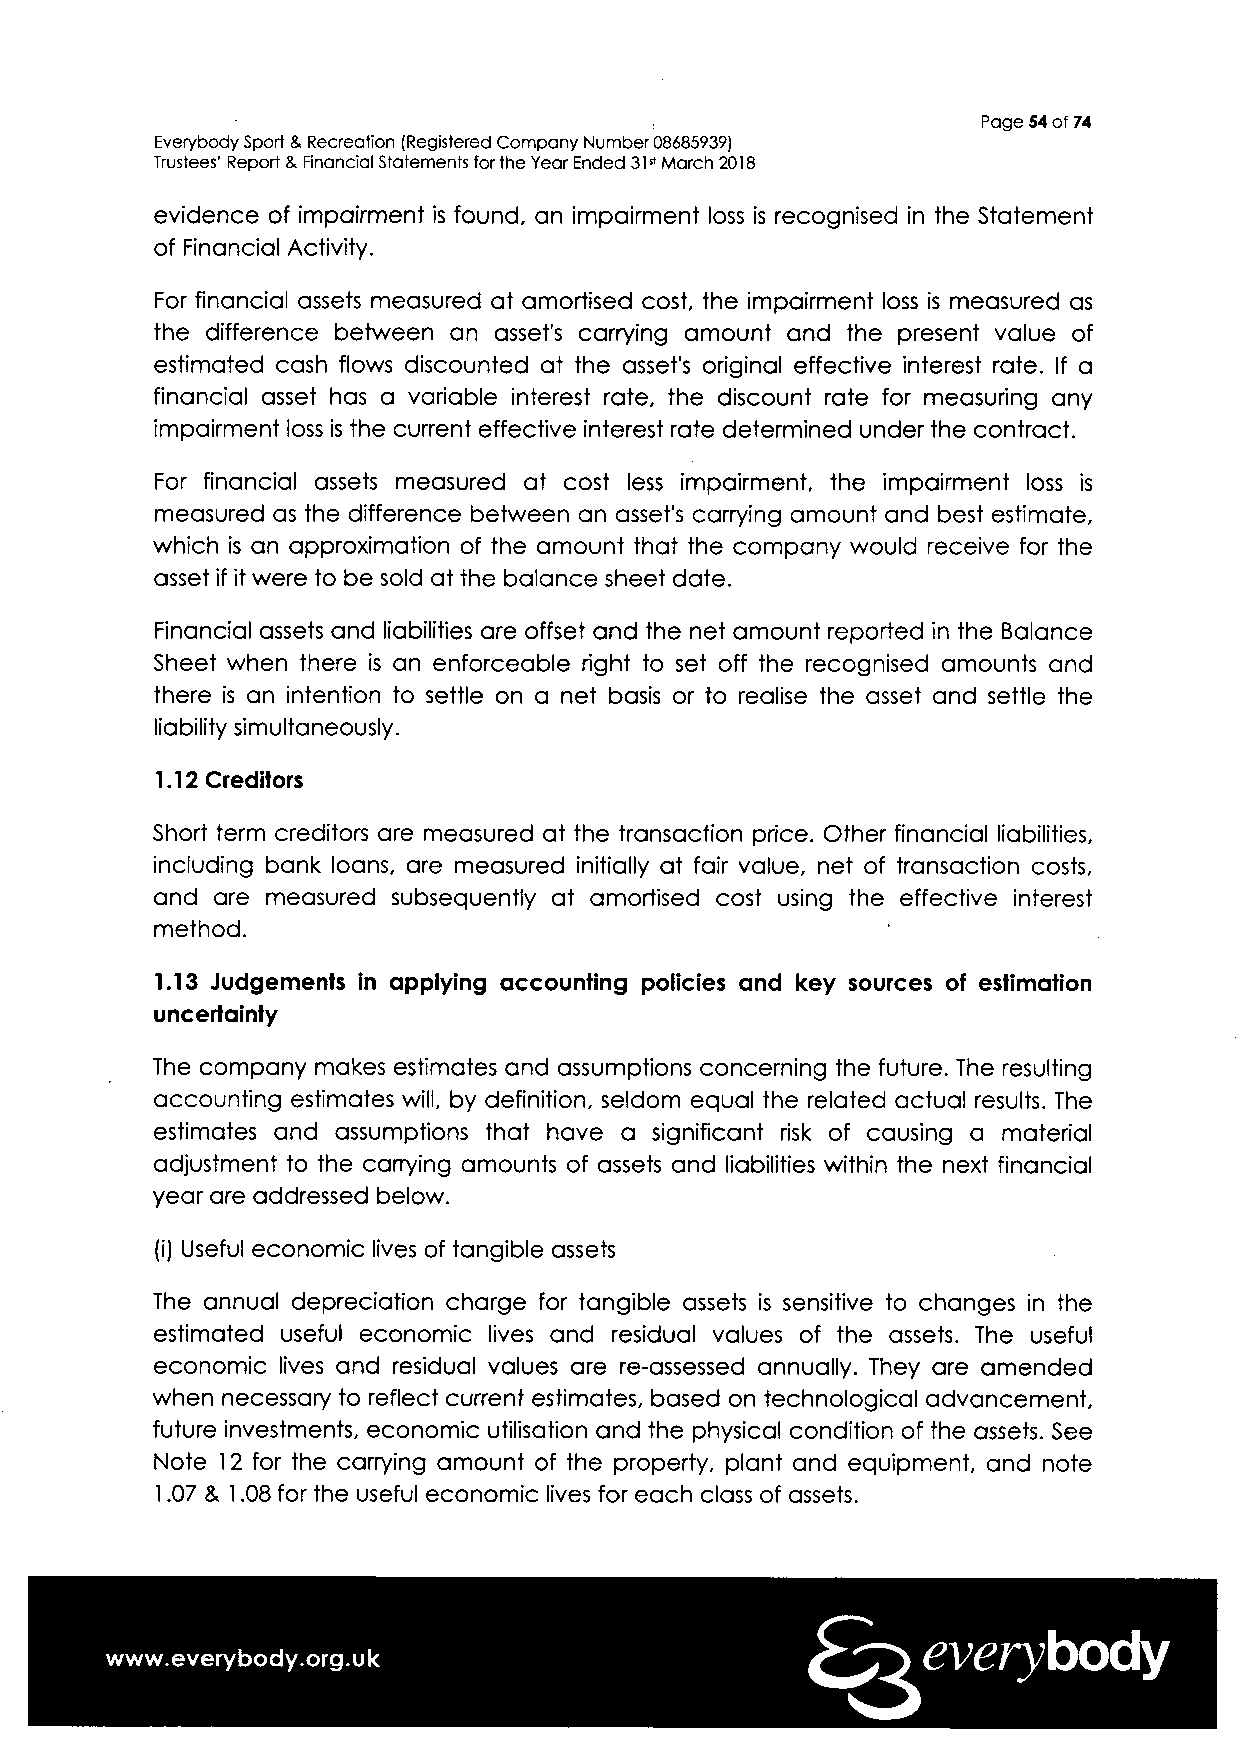
Page 54 of 74
 Everybody Sport & Recreation (Registered Company Number 08685939)
 Trustees' Report & Financial Statements for the Year Ended 31st March 2018
 evidence of impairment is found, an impairment loss is recognised in the Statement
 of Financial Activity.
 For financial assets measured at amortised cost, the impairment loss is measured as
 the difference between an asset's carrying amount and the present value of
 estimated cash flows discounted at the asset's original effective interest rate. If a
 financial asset has a variable interest rate, the discount rate for measuring any
 impairment loss is the current effective interest rate determined under the contract.
 For financial assets measured at cost less impairment, the impairment loss is
 measured as the difference between an asset's carrying amount and best estimate,
 which is an approximation of the amount that the company would receive for the
 asset if it were to be sold at the balance sheet date.
 Financial assets and liabilities are offset and the net amount reported in the Balance
 Sheet when there is an enforceable right to set off the recognised amounts and
 there is an intention to settle on a net basis or to realise the asset and settle the
 liability simultaneously.
 1.12 Creditors
 Short term creditors are measured at the transaction price. Other financial liabilities,
 including bank loans, are measured initially at fair value, net of transaction costs,
 and are measured subsequently at amortised cost using the effective interest
 method.
 1.13 Judgements in applying accounting policies and key sources of estimation
 uncertainty
 The company makes estimates and assumptions concerning the future. The resulting
 accounting estimates will, by definition, seldom equal the related actual results. The
 estimates and assumptions that have a significant risk of causing a material
 adjustment to the carrying amounts of assets and liabilities within the next financial
 year are addressed below.
 (i) Useful economic lives of tangible assets
 The annual depreciation charge for tangible assets is sensitive to changes in the
 estimated useful economic lives and residual values of the assets. The useful
 economic lives and residual values are re-assessed annually. They are amended
 when necessary to reflect current estimates, based on technological advancement,
 future investments, economic utilisation and the physical condition of the assets. See
 Note 12 for the carrying amount of the property, plant and equipment, and note
 1.07 & 1.08 for the useful economic lives for each class of assets.
 everybody
 www.everybody.org.uk